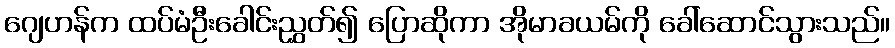
ဂျေဟန်က ထပ်မံဦးခေါင်းညွှတ်၍ ပြောဆိုကာ အိုမာခယမ်ကို ခေါ်ဆောင်သွားသည်။